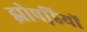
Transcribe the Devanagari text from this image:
झोपडि़यों